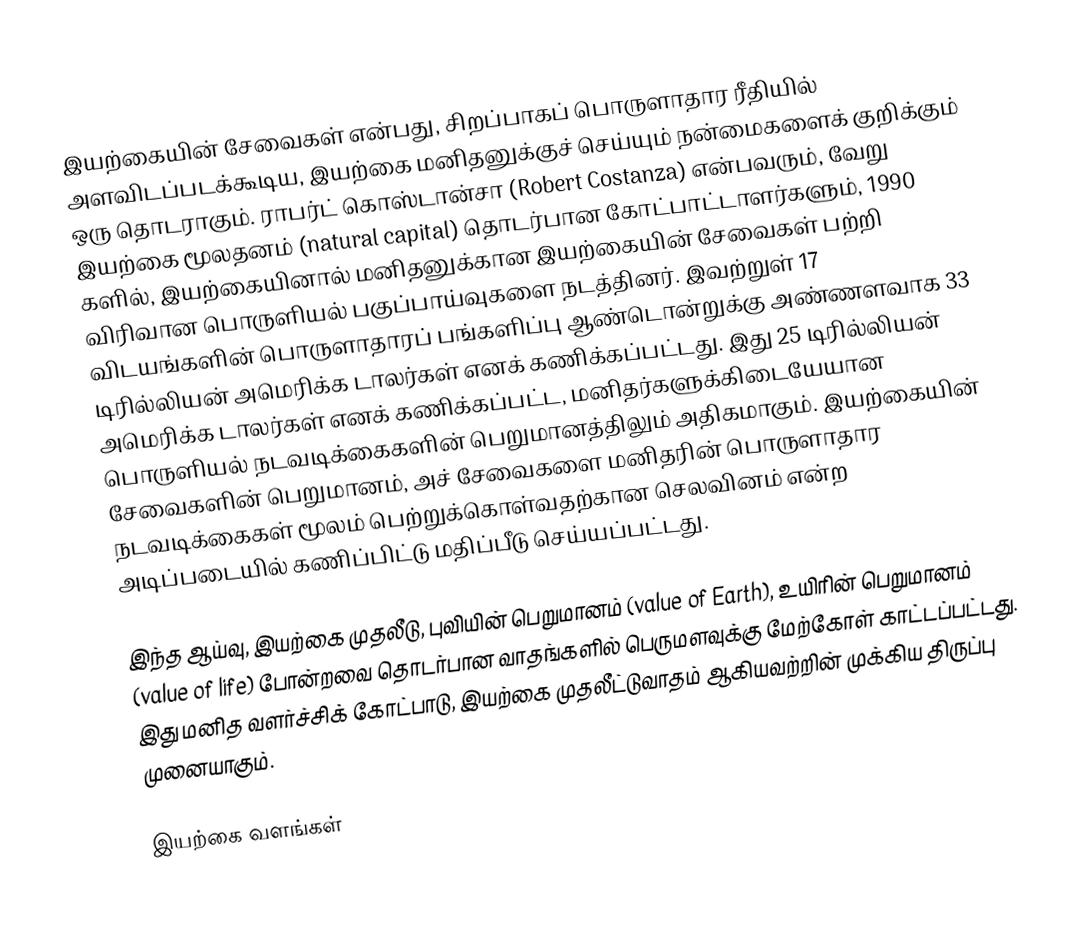
இயற்கையின் சேவைகள் என்பது, சிறப்பாகப் பொருளாதார ரீதியில் அளவிடப்படக்கூடிய, இயற்கை மனிதனுக்குச் செய்யும் நன்மைகளைக் குறிக்கும் ஒரு தொடராகும். ராபர்ட் கொஸ்டான்சா (Robert Costanza) என்பவரும், வேறு இயற்கை மூலதனம் (natural capital) தொடர்பான கோட்பாட்டாளர்களும், 1990 களில், இயற்கையினால் மனிதனுக்கான இயற்கையின் சேவைகள் பற்றி விரிவான பொருளியல் பகுப்பாய்வுகளை நடத்தினர். இவற்றுள் 17 விடயங்களின் பொருளாதாரப் பங்களிப்பு ஆண்டொன்றுக்கு அண்ணளவாக 33 டிரில்லியன் அமெரிக்க டாலர்கள் எனக் கணிக்கப்பட்டது. இது 25 டிரில்லியன் அமெரிக்க டாலர்கள் எனக் கணிக்கப்பட்ட, மனிதர்களுக்கிடையேயான பொருளியல் நடவடிக்கைகளின் பெறுமானத்திலும் அதிகமாகும். இயற்கையின் சேவைகளின் பெறுமானம், அச் சேவைகளை மனிதரின் பொருளாதார நடவடிக்கைகள் மூலம் பெற்றுக்கொள்வதற்கான செலவினம் என்ற அடிப்படையில் கணிப்பிட்டு மதிப்பீடு செய்யப்பட்டது.

இந்த ஆய்வு, இயற்கை முதலீடு, புவியின் பெறுமானம் (value of Earth), உயிரின் பெறுமானம் (value of life) போன்றவை தொடர்பான வாதங்களில் பெருமளவுக்கு மேற்கோள் காட்டப்பட்டது. இது மனித வளர்ச்சிக் கோட்பாடு, இயற்கை முதலீட்டுவாதம் ஆகியவற்றின் முக்கிய திருப்பு முனையாகும்.

இயற்கை வளங்கள்